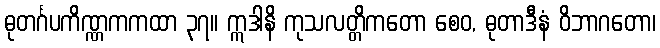
ဓုတင်္ဂပကိဏ္ဏကကထာ ၃၇။ ဣဒါနိ ကုသလတ္တိကတော စေဝ, ဓုတာဒီနံ ဝိဘာဂတော၊